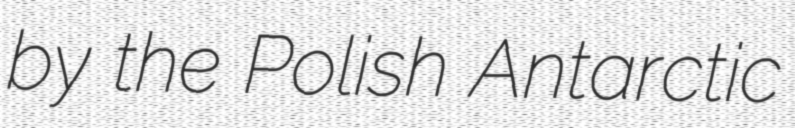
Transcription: by the Polish Antarctic